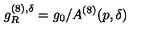
g _ { R } ^ { ( 8 ) , \delta } = g _ { 0 } / A ^ { ( 8 ) } ( p , \delta )